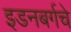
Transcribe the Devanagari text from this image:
इडनबर्गचे